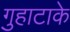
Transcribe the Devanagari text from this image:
गुहाटाके